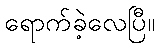
ရောက်ခဲ့လေပြီ။